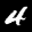
Label: 4